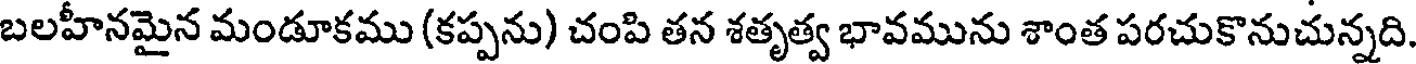
బలహీనమైన మండూకము (కప్పను) చంపి తన శతృత్వ భావమును శాంత పరచుకొనుచున్నది.